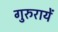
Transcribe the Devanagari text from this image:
गुरुरायें